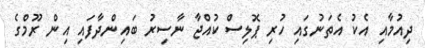
ދިއުމާއި އެކު އެތަނުގައި ހުރި ޕޮލިސް ކުއްޖާ ނާސިރު ބައިންދާފައި އިން ރޫމްގެ